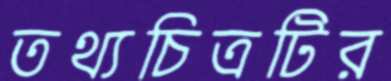
তথ্যচিত্রটির